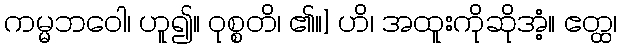
ကမ္မဘဝေါ၊ ဟူ၍။ ဝုစ္စတိ၊ ၏။] ဟိ၊ အထူးကိုဆိုအံ့။ ဧတ္ထ၊